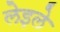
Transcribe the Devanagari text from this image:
लेइले